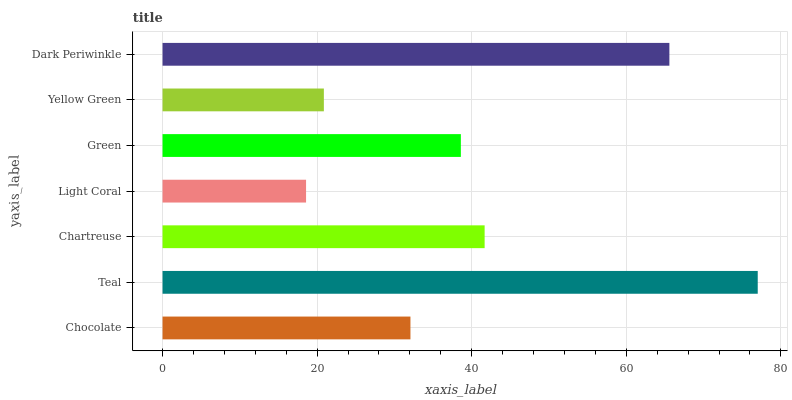
| yaxis_label | bars |
 | --- | --- |
 | Chocolate | 32.1 |
 | Teal | 77 |
 | Chartreuse | 41.7 |
 | Light Coral | 18.6 |
 | Green | 38.6 |
 | Yellow Green | 20.9 |
 | Dark Periwinkle | 65.6 |